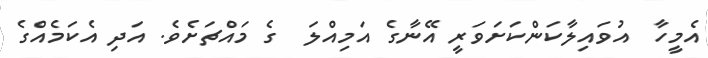
އެމީހާ  އުވައިލާކަންކަށަވަރީ އޭނާގެ އަމިއްލަ  ގެ މައްޗަށެވެ. އަދި އެކަމެއްގެ